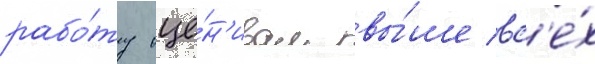
рабо́ту оце́н'ивал вы́ше вс'е́х